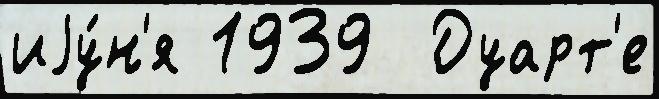
иjу́н'я 1939  Дуарт'е